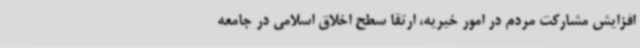
افزایش مشارکت مردم در امور خیریه، ارتقا سطح اخلاق اسلامی در جامعه